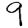
Digit: 9